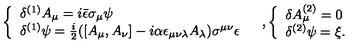
\begin{array} { c c } { \left\{ \begin{array} { l } { \delta ^ { ( 1 ) } A _ { \mu } = i \bar { \epsilon } \sigma _ { \mu } \psi } \\ { \delta ^ { ( 1 ) } \psi = \frac { i } { 2 } ( [ A _ { \mu } , A _ { \nu } ] - i \alpha \epsilon _ { \mu \nu \lambda } A _ { \lambda } ) \sigma ^ { \mu \nu } \epsilon } \\ \end{array} \right. } & { \mathrm { , } \left\{ \begin{array} { l } { \delta A _ { \mu } ^ { ( 2 ) } = 0 } \\ { \delta ^ { ( 2 ) } \psi = \xi . } \\ \end{array} \right. } \\ \end{array}